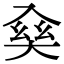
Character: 𠓱